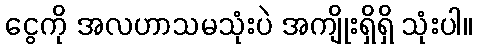
ငွေကို အလဟာသမသုံးပဲ အကျိုးရှိရှိ သုံးပါ။